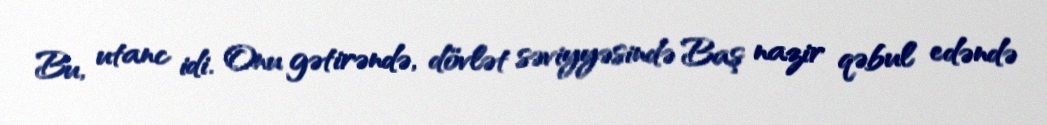
Bu, utanc idi. Onu gətirəndə, dövlət səviyyəsində Baş nazir qəbul edəndə